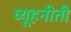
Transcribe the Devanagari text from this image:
व्यूहनीती